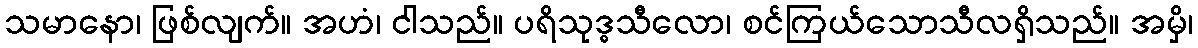
သမာနော၊ ဖြစ်လျက်။ အဟံ၊ ငါသည်။ ပရိသုဒ္ဓသီလော၊ စင်ကြယ်သောသီလရှိသည်။ အမှိ၊